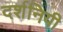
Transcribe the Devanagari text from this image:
दर्शनियी